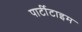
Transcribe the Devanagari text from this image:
पार्टीटाइम